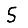
Digit: 5